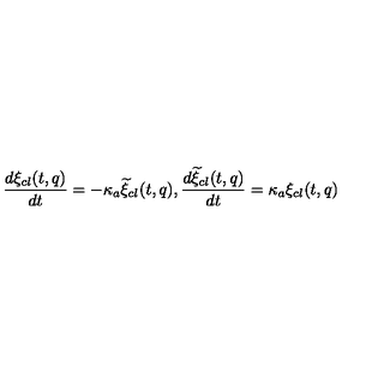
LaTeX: \frac { d \xi _ { c l } ( t , q ) } { d t } = - \kappa _ { a } { \widetilde \xi } _ { c l } ( t , q ) , \frac { d { \widetilde \xi } _ { c l } ( t , q ) } { d t } = \kappa _ { a } \xi _ { c l } ( t , q )